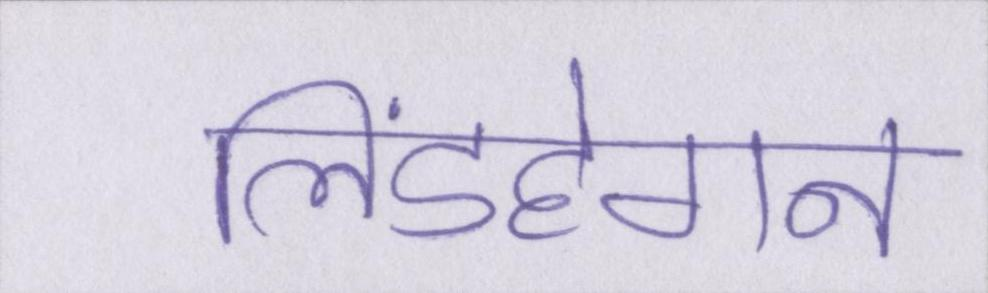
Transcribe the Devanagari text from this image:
लिंडहेगन